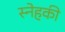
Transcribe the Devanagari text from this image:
स्नेहकी